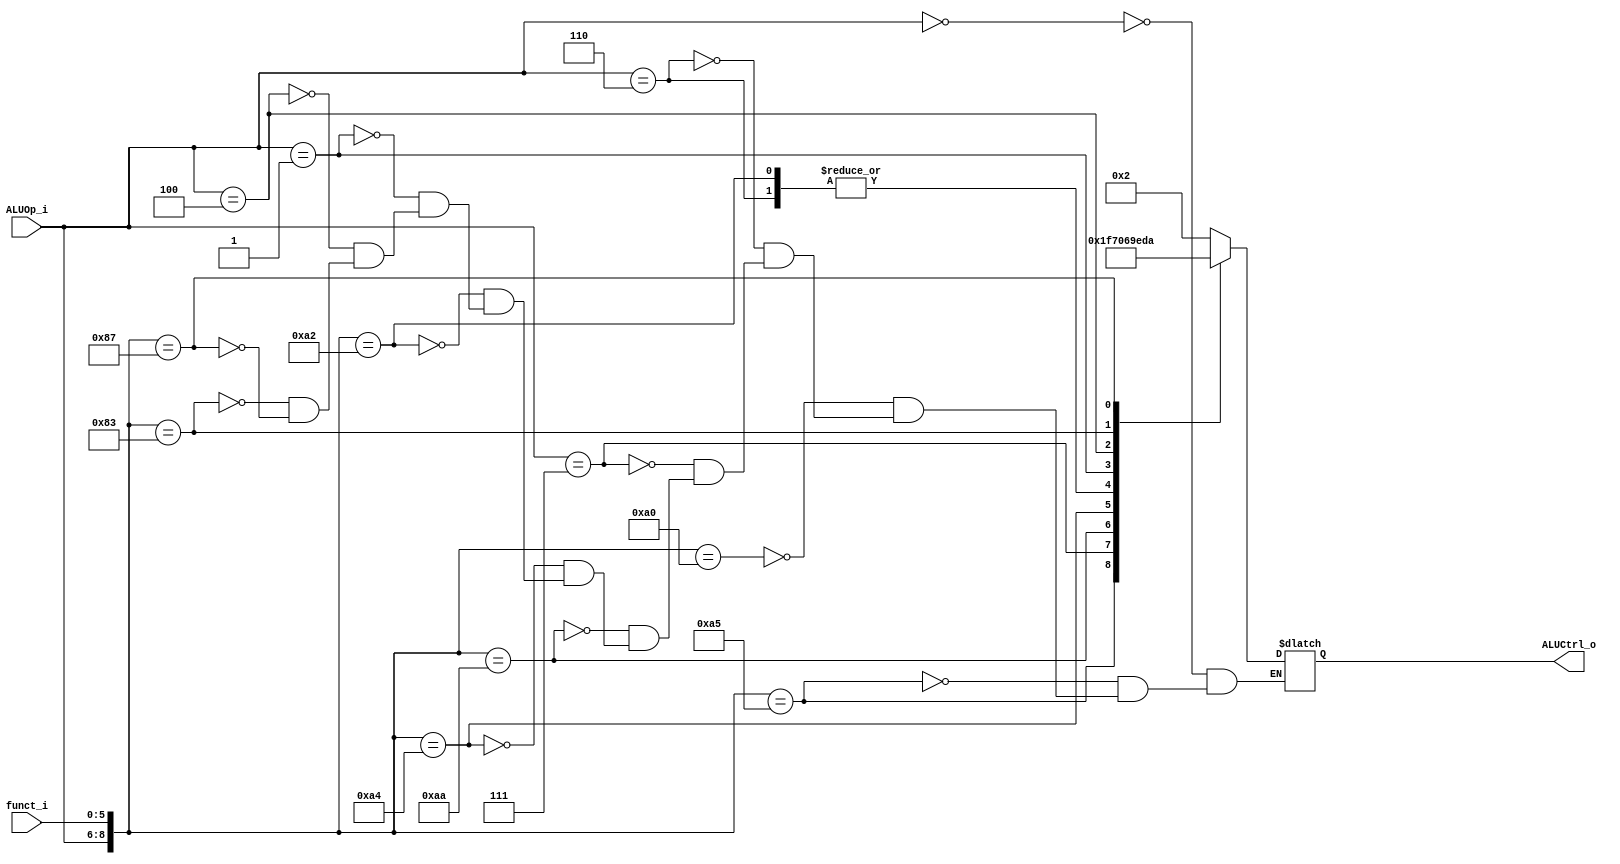
//Subject:     CO project 2 - ALU Controller
//--------------------------------------------------------------------------------
//Version:     1
//--------------------------------------------------------------------------------
//Writer:      
//----------------------------------------------
//Date:        
//----------------------------------------------
//Description: 
//--------------------------------------------------------------------------------

module ALU_Ctrl(
          funct_i,
          ALUOp_i,
          ALUCtrl_o
          );
          
//I/O ports 
input      [6-1:0] funct_i;
input      [3-1:0] ALUOp_i;

output     [4-1:0] ALUCtrl_o;    
     
//Internal Signals
reg        [4-1:0] ALUCtrl_o;

//Parameter

       
//Select exact operation
always @(*) begin
    casez ({ALUOp_i, funct_i})
        9'b000??????: ALUCtrl_o = 4'b0010;  //Addi
        9'b010100101: ALUCtrl_o = 4'b0001;  //Or
        9'b010100000: ALUCtrl_o = 4'b0010;  //Add
        9'b110??????: ALUCtrl_o = 4'b0110;  //Beq
        9'b111??????: ALUCtrl_o = 4'b1111;  //SLTIU
        9'b010101010: ALUCtrl_o = 4'b0111;  //SLT
        9'b010100100: ALUCtrl_o = 4'b0000;  //AND
        9'b010100010: ALUCtrl_o = 4'b0110;  //SUB
        9'b001??????: ALUCtrl_o = 4'b1001;  //ORI
        9'b100??????: ALUCtrl_o = 4'b1110;  //LUI
        9'b010000011: ALUCtrl_o = 4'b1101;  //SRA
        9'b010000111: ALUCtrl_o = 4'b1010;  //SRAV
        9'b000101010: ALUCtrl_o = 4'b0110;  //BNE
    endcase
end

endmodule